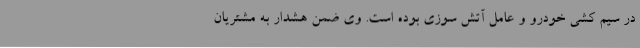
در سیم کشی خودرو و عامل آتش سوزی بوده است. وی ضمن هشدار به مشتریان